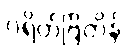
ဂရိတ်ဗြိတိန်